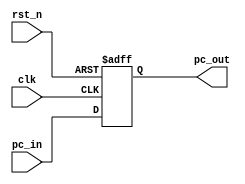

// ****************************************
// |  |  |  |                  |
// | ------ | ---- | -------- | -------------------- |
// | clk    | 1b   | input    |              |
// | rst_n  | 1b   | input    |            |

// | pc_out | 8b   | output   | pc         |
// ****************************************

module pc_reg (
    clk,        // 
    rst_n,      // 
    pc_in,      // PC PC   
    pc_out      // PC
);

    input clk;
    input rst_n;
    input [7:0] pc_in;

    output reg [7: 0] pc_out;

    always @(posedge clk or negedge rst_n) begin    //   
        if (!rst_n)         // 
            pc_out <= 8'd0; // 
        else
            pc_out <= (pc_in);   // pc
    end

    initial begin
        pc_out <= 8'd0;
    end

endmodule